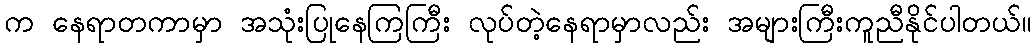
က နေရာတကာမှာ အသုံးပြုနေကြကြီး လုပ်တဲ့နေရာမှာလည်း အများကြီးကူညီနိုင်ပါတယ်။